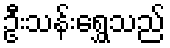
ဦးသန်းရွှေသည်